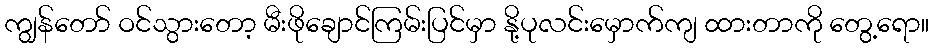
ကျွန်တော် ဝင်သွားတော့ မီးဖိုချောင်ကြမ်းပြင်မှာ နို့ပုလင်းမှောက်ကျ ထားတာကို တွေ့ရော။